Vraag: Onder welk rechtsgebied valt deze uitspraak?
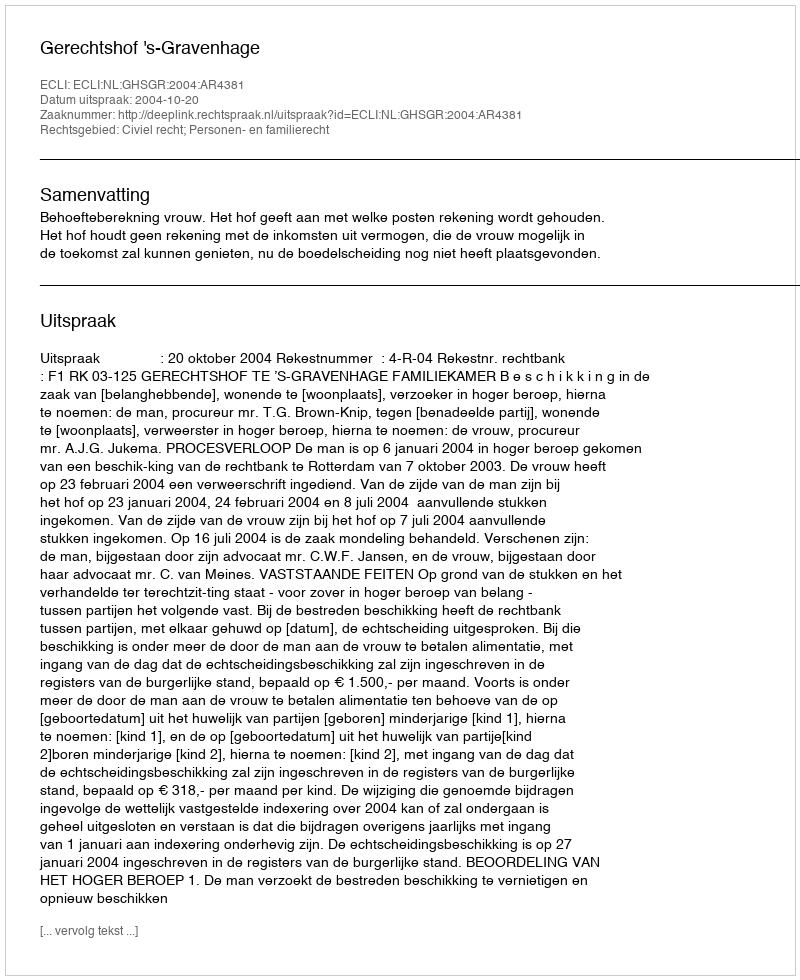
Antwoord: Civiel recht; Personen- en familierecht